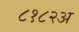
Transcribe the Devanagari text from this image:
८१८२अ